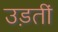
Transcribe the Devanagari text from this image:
उड़तीं